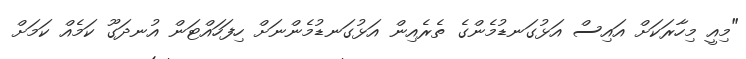
"މިއީ މިހާރަކަށް އައިސް އަޅުގަނޑުމެންގެ ތެރެއިން އަޅުގަނޑުމެންނަށް ހިފަހައްޓަން އުނދަގޫ ކަމެއް ކަމަށް